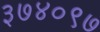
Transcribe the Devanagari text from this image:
३७४०९७